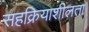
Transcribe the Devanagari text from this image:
सहक्रियाशीलता